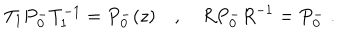
LaTeX: T _ { 1 } P { _ 0 ^ { - } } T _ { 1 } ^ { - 1 } = P { _ 0 ^ { - } } ( z ) \quad , \quad R P { _ 0 ^ { - } } R ^ { - 1 } = P { _ 0 ^ { - } } \; .